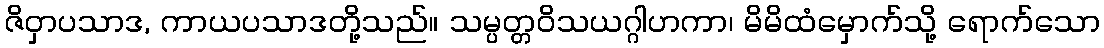
ဇိဝှာပသာဒ, ကာယပသာဒတို့သည်။ သမ္ပတ္တဝိသယဂ္ဂါဟကာ၊ မိမိထံမှောက်သို့ ရောက်သော